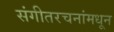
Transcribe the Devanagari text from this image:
संगीतरचनांमधून